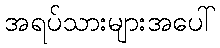
အရပ်သားများအပေါ်